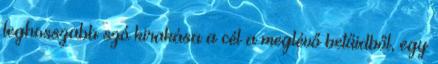
leghosszabb szó kirakása a cél a meglévő betűidből, egy